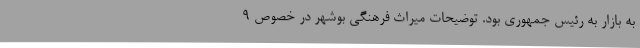
به بازار به رئیس جمهوری بود. توضیحات میراث فرهنگی بوشهر در خصوص ۹